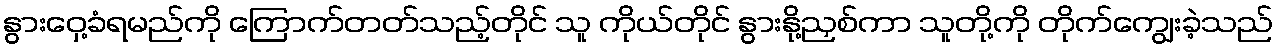
နွားဝှေ့ခံရမည်ကို ကြောက်တတ်သည့်တိုင် သူ ကိုယ်တိုင် နွားနို့ညှစ်ကာ သူတို့ကို တိုက်ကျွေးခဲ့သည်